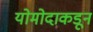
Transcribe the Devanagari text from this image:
योमोदाकडून